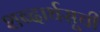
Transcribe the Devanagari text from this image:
शब्दार्थसूची